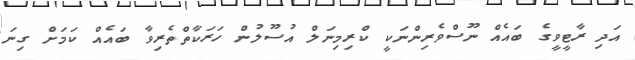
އަދި ރާޓީވީގެ ބައެއް ނޫސްވެރިންނަކީ ކްރިމިނަލް އުސޫލުން ހަރަކާތްތެރިވާ ބައެއް ކަމަށް ގިނަ